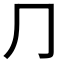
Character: ⺆